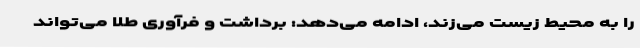
را به محیط زیست می‌زند، ادامه می‌دهد: برداشت و فرآوری طلا می‌تواند